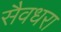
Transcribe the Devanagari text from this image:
सैवधरा